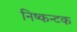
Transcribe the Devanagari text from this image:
निष्कन्टक